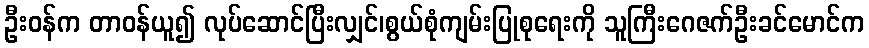
ဦးဝန်က တာဝန်ယူ၍ လုပ်ဆောင်ပြီးလျှင်၊စွယ်စုံကျမ်းပြုစုရေးကို သူကြီးဂေဇက်ဦးခင်မောင်က